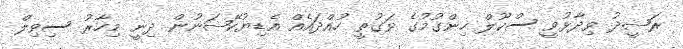
ރަޝީދު ވިދާޅުވީ ސްކޫލް ހިންގުމުގެ ވަގުތީ ހުއްދައެއް އެޑިޔުކޭޝަނުން ދިނީ މިހާރު ސިވިލް